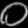
Digit: ၀